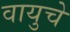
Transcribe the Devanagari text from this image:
वायुचे